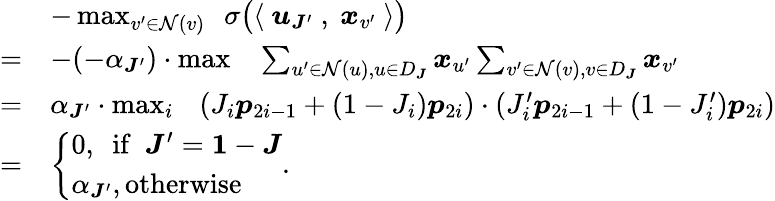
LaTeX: \begin{array}{rl}&{-\operatorname*{max}_{v^{\prime}\in\mathcal{N}(v)}~~\sigma\big(\langle~{\boldsymbol u}_{{\boldsymbol J}^{\prime}}~,~{\boldsymbol x}_{v^{\prime}}~\rangle\big)}\\ {=}&{-(-\alpha_{{\boldsymbol J}^{\prime}})\cdot\operatorname*{max}~~~\sum_{u^{\prime}\in\mathcal{N}(u),u\in D_{\boldsymbol J}}{\boldsymbol x}_{u^{\prime}}\sum_{v^{\prime}\in\mathcal{N}(v),v\in D_{\boldsymbol J}}{\boldsymbol x}_{v^{\prime}}}\\ {=}&{\alpha_{{\boldsymbol J}^{\prime}}\cdot\operatorname*{max}_{i}~~~(J_{i}{\boldsymbol p}_{2i-1}+(1-J_{i}){\boldsymbol p}_{2i})\cdot(J_{i}^{\prime}{\boldsymbol p}_{2i-1}+(1-J_{i}^{\prime}){\boldsymbol p}_{2i})}\\ {=}&{\left\{ \begin{array}{ll}{0,\mathrm{~~if~~}{\boldsymbol J}^{\prime}={{\mathbf 1}}-{\boldsymbol J}}\\ {\alpha_{{\boldsymbol J}^{\prime}},\mathrm{otherwise}}\end{array}\right..}\end{array}